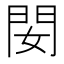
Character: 𨳐